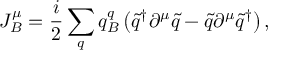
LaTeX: J _ { B } ^ { \mu } = \frac { i } { 2 } \sum _ { q } q _ { B } ^ { q } \left( \widetilde { q } ^ { \dagger } \partial ^ { \mu } \widetilde { q } - \widetilde { q } \partial ^ { \mu } \widetilde { q } ^ { \dagger } \right) ,